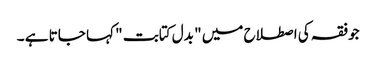
جوفقہ کی اصطلاح میں " بدل کتابت " کہا جاتا ہے ۔